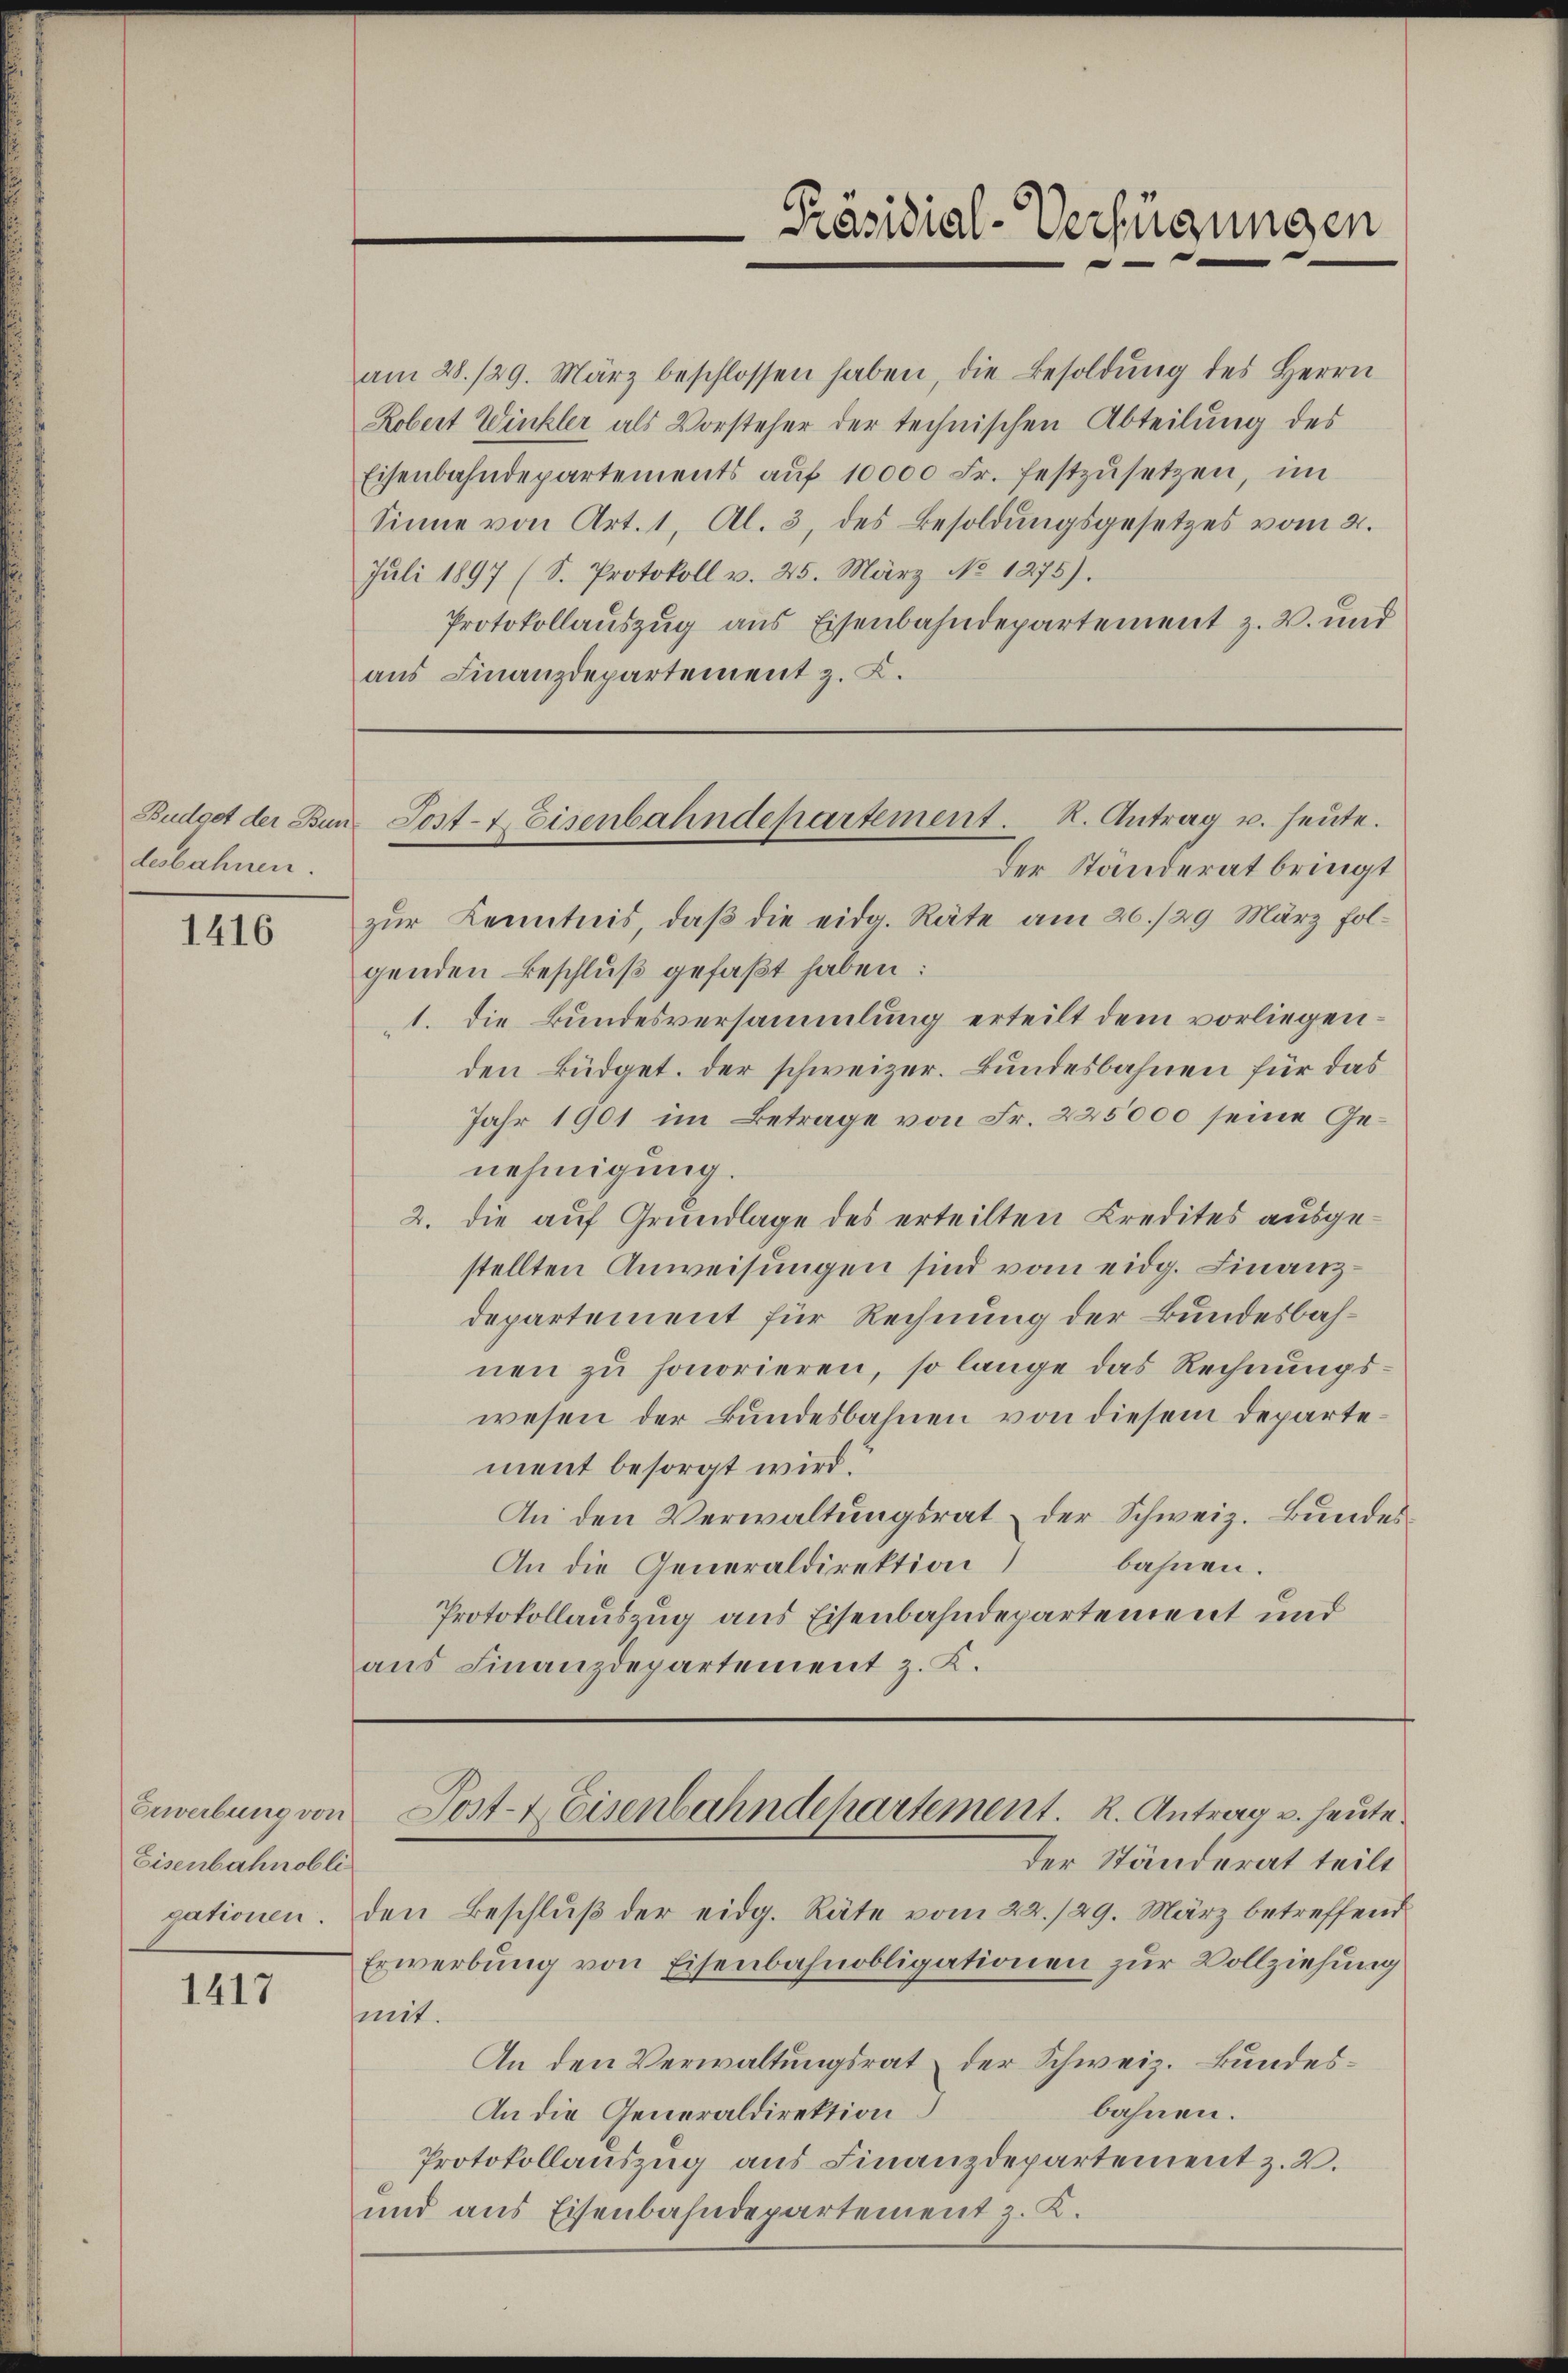
Budget der Bundesbahnen.

1416

Erwerbung von
Eisenbahnobli

1417

am 28./29. März beschlossen haben die Besoldŭng des Herrn
Robert Winkler als Vorsteher der technischen Abteilung des
Eisenbahndepartements aŭf 10000 Fr. festzŭsetzen, im
Sinne von Art. 1, Al. 3, des Besoldŭngsgesetzes vom 2.
Juli 1897 (S. Protokoll v. 25. März No 1275).
Protokollauszug aus Eisenbahndepartement z. B. und
aus Finanzdepartement z. K.

Präsidial-Verfügungen

Sost- & Eisenbahndepartement. R. Antrag u. heute.

Der Standerat bringt
zur Kenntnis, daß die eidg. Räte am 26./29. März folgenden Beschluß gefaßt haben:
1. die Bundesversammlung erteilt dem vorliegenden Büdget. der schweizer. Bundesbahnen für das
Jahr 1901 im Betrage von Fr. 225000 seine Genehmigung.
2. die aŭf Grŭndlage des erteilten Credites ausge-
stellten Anweisungen sind vom eidg. Finanzdepartement für Rechnung der Bundesbahnen zu honorieren, so lange das Rechnungswesen der Bundesbahnen von diesem Departement besorgt wird.
An den Verwaltungsrat der Schweiz. Bundes
bahnen.
An die Generaldirektion
Protokollauszug aus Eisenbahndepartement und
aus Finanzdepartement z. K.

Post- & Eisenbahndehartement. R. Antrag u. heute.
der Ständerat teilt

gationen. Den Beschluß der eidg. Räte vom 22./29. März betreffend
Erwerbung von Eisenbahnobligationen zur Vollziehung
mit.
An den Verwaltungsrat der Schweiz. Bundesbahnen.
An die Generaldirektion
Protokollauszug aus Finanzdepartement z. B.
und aus Eisenbahndepartement z. K.